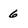
Character: 6